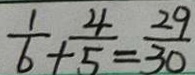
\frac { 1 } { 6 } + \frac { 4 } { 5 } = \frac { 2 9 } { 3 0 }